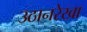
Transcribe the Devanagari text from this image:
उठानरेखा